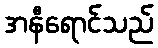
အနီရောင်သည်